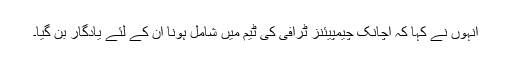
انہوں نے کہا کہ اچانک چیمپیئنز ٹرافی کی ٹیم میں شامل ہونا ان کے لئے یادگار بن گیا۔